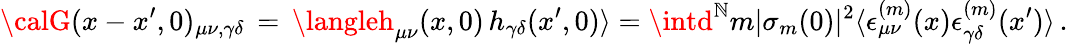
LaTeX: {\calG}(x-x^{\prime},0)_{\mu\nu,\gamma\delta}\, =\, \langleh_{\mu\nu}(x,0)\, h_{\gamma\delta}(x^{\prime},0)\rangle=\intd^{\mathbb{N}}m|\sigma_{m}(0)|^{2}\langle\epsilon_{\mu\nu}^{(m)}(x)\epsilon_{\gamma\delta}^{(m)}(x^{\prime})\rangle\, .